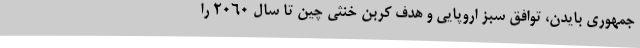
جمهوری بایدن، توافق سبز اروپایی و هدف کربن خنثی چین تا سال 2060 را